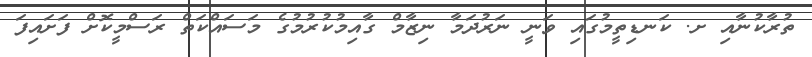
ތުރާކުނާއި ށ. ކަނޑިތީމުގައި ވަނީ ނަރުދަމާ ނިޒާމް ގާއިމުކުރުމުގެ މަސައްކަތް ރަސްމީކޮށް ފަށައިފަ